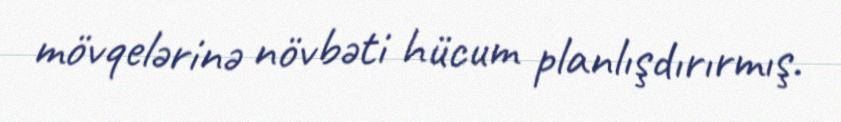
mövqelərinə növbəti hücum planlışdırırmış.